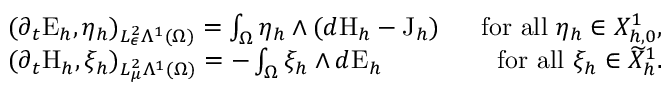
\begin{array} { r l r } & { ( \partial _ { t } \mathrm { E } _ { h } , \eta _ { h } ) _ { L _ { \epsilon } ^ { 2 } \Lambda ^ { 1 } ( \Omega ) } = \int _ { \Omega } \eta _ { h } \wedge ( d \mathrm { H } _ { h } - \mathrm { J } _ { h } ) \; } & { \mathrm { ~ f o r ~ a l l ~ } \eta _ { h } \in X _ { h , 0 } ^ { 1 } , } \\ & { ( \partial _ { t } \mathrm { H } _ { h } , \xi _ { h } ) _ { L _ { \mu } ^ { 2 } \Lambda ^ { 1 } ( \Omega ) } = - \int _ { \Omega } \xi _ { h } \wedge d \mathrm { E } _ { h } \; } & { \mathrm { ~ f o r ~ a l l ~ } \xi _ { h } \in \widetilde { X } _ { h } ^ { 1 } . } \end{array}